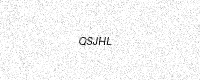
Text: QSJHL